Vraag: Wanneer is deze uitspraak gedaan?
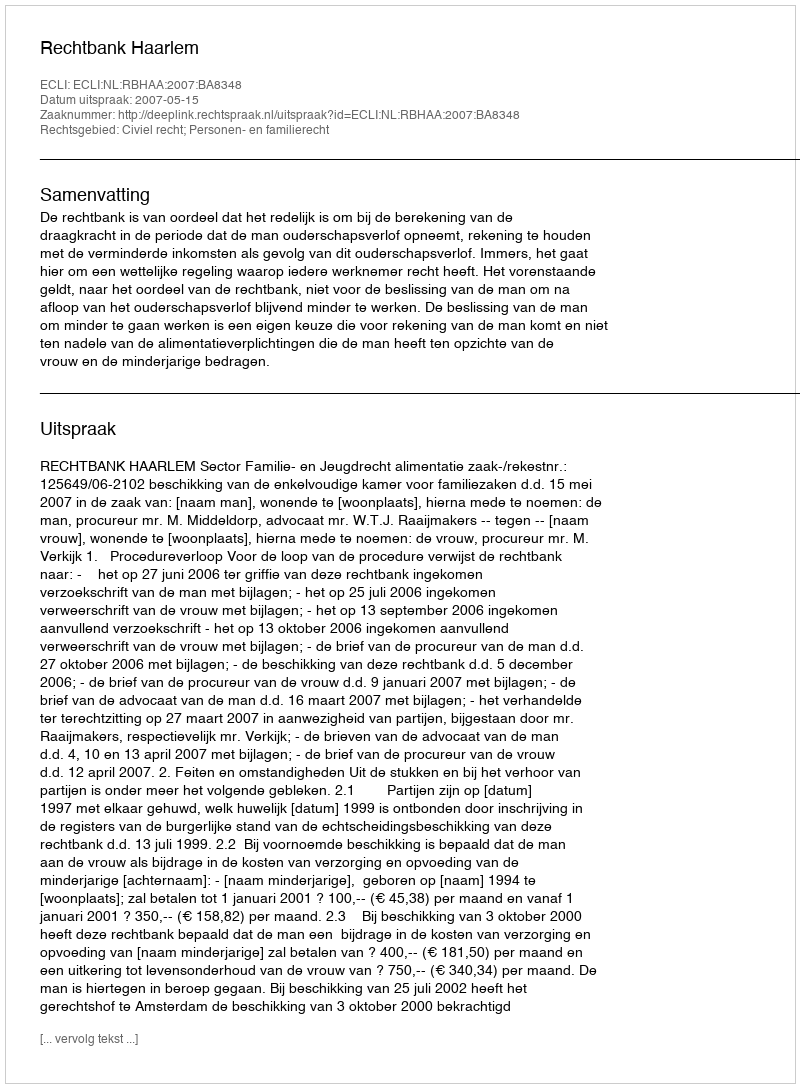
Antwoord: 2007-05-15